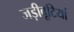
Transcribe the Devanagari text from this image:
जड़ीबूटियां